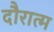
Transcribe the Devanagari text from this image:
दौरात्म